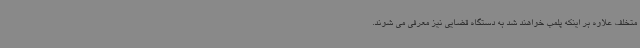
متخلف علاوه بر اینکه پلمب خواهند شد به دستگاه قضایی نیز معرفی می شوند.